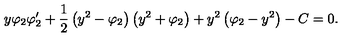
y \varphi _ { 2 } \varphi _ { 2 } ^ { \prime } + \frac { 1 } { 2 } \left( y ^ { 2 } - \varphi _ { 2 } \right) \left( y ^ { 2 } + \varphi _ { 2 } \right) + y ^ { 2 } \left( \varphi _ { 2 } - y ^ { 2 } \right) - C = 0 .